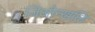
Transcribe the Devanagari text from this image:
जिओन्खलि